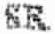
SR